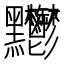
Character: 𪓊